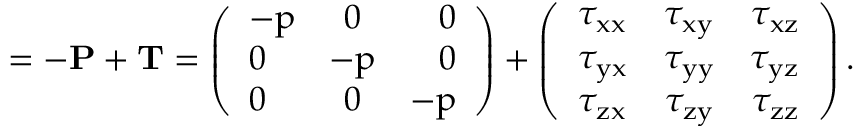
\bf \Pi = - \bf P + \bf T = \left( \begin{array} { l c r } { - p } & { 0 } & { 0 } \\ { 0 } & { - p } & { 0 } \\ { 0 } & { 0 } & { - p } \end{array} \right) + \left( \begin{array} { l c r } { \tau _ { x x } } & { \tau _ { x y } } & { \tau _ { x z } } \\ { \tau _ { y x } } & { \tau _ { y y } } & { \tau _ { y z } } \\ { \tau _ { z x } } & { \tau _ { z y } } & { \tau _ { z z } } \end{array} \right) .